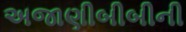
અજાણીબીબીની